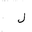
Letter: _lam